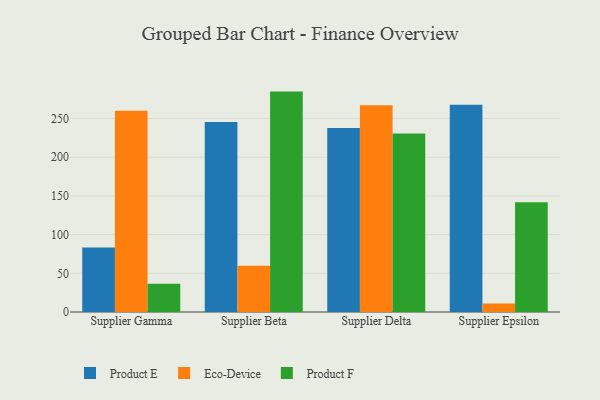
{"axis": {"x": "Supplier", "y": "Humidity (%)"}, "legend": ["Eco-Device", "Product E", "Product F"], "data": [{"x": "Supplier Gamma", "y": 83.5, "type": "Product E"}, {"x": "Supplier Gamma", "y": 260.1, "type": "Eco-Device"}, {"x": "Supplier Gamma", "y": 36.5, "type": "Product F"}, {"x": "Supplier Beta", "y": 245.4, "type": "Product E"}, {"x": "Supplier Beta", "y": 59.7, "type": "Eco-Device"}, {"x": "Supplier Beta", "y": 284.8, "type": "Product F"}, {"x": "Supplier Delta", "y": 237.7, "type": "Product E"}, {"x": "Supplier Delta", "y": 267.3, "type": "Eco-Device"}, {"x": "Supplier Delta", "y": 230.5, "type": "Product F"}, {"x": "Supplier Epsilon", "y": 267.9, "type": "Product E"}, {"x": "Supplier Epsilon", "y": 10.9, "type": "Eco-Device"}, {"x": "Supplier Epsilon", "y": 141.9, "type": "Product F"}]}